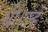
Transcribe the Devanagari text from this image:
थीं।उन्हें